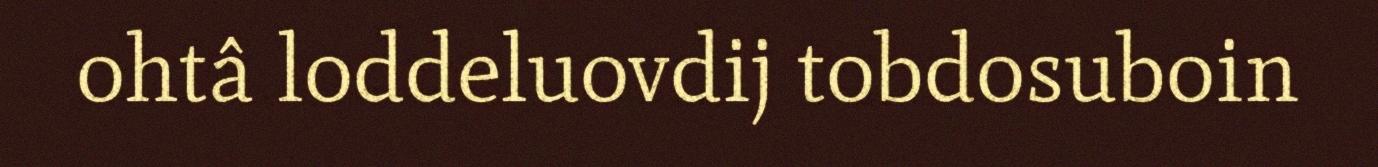
ohtâ loddeluovdij tobdosuboin